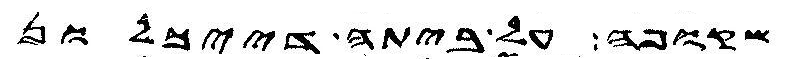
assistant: שקופה על ביתה דייכלון